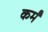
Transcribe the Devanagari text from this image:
कर्मं